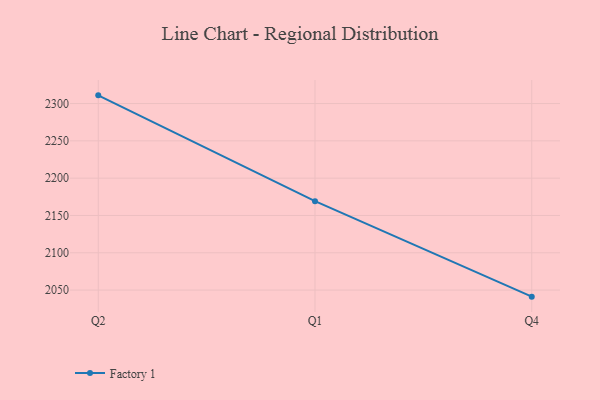
{"axis": {"x": "Quarter", "y": "Energy Usage (MWh)"}, "legend": ["Factory 1"], "data": [{"x": "Q2", "y": 2311.0, "type": "Factory 1"}, {"x": "Q1", "y": 2169.2, "type": "Factory 1"}, {"x": "Q4", "y": 2041.2, "type": "Factory 1"}]}